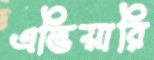
এভিয়ারি